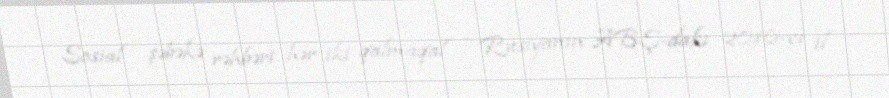
Sosial şəbəkə rəhbəri hər iki qalmaqal - Rusiyanın ABŞ-dakı 2016-cı il